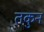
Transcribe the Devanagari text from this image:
तकुन